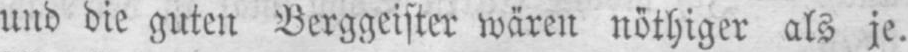
und die guten Berggeister wären nöthiger als je.